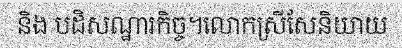
និង បដិសណ្ឋារកិច្ច។លោកស្រីសែនិយាយ